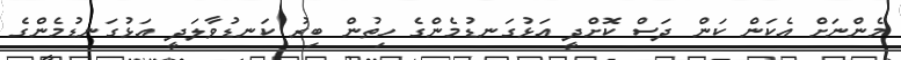
މެންނަށް އެކަން ކަން ދަސް ކޮށްދީ އަޅުގަނޑުމެންގެ ހިތުން ބިރު ކަނޑުވާލަދީ އަޅުގަނޑުމެންގެ